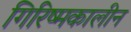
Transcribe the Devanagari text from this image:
गिरिष्मकालीन